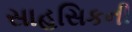
સાહસિકની